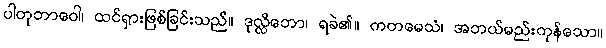
ပါတုဘာဝေါ၊ ထင်ရှားဖြစ်ခြင်းသည်။ ဒုလ္လိဘော၊ ရခဲ၏။ ကတမေသံ၊ အဘယ်မည်းကုန်သော။